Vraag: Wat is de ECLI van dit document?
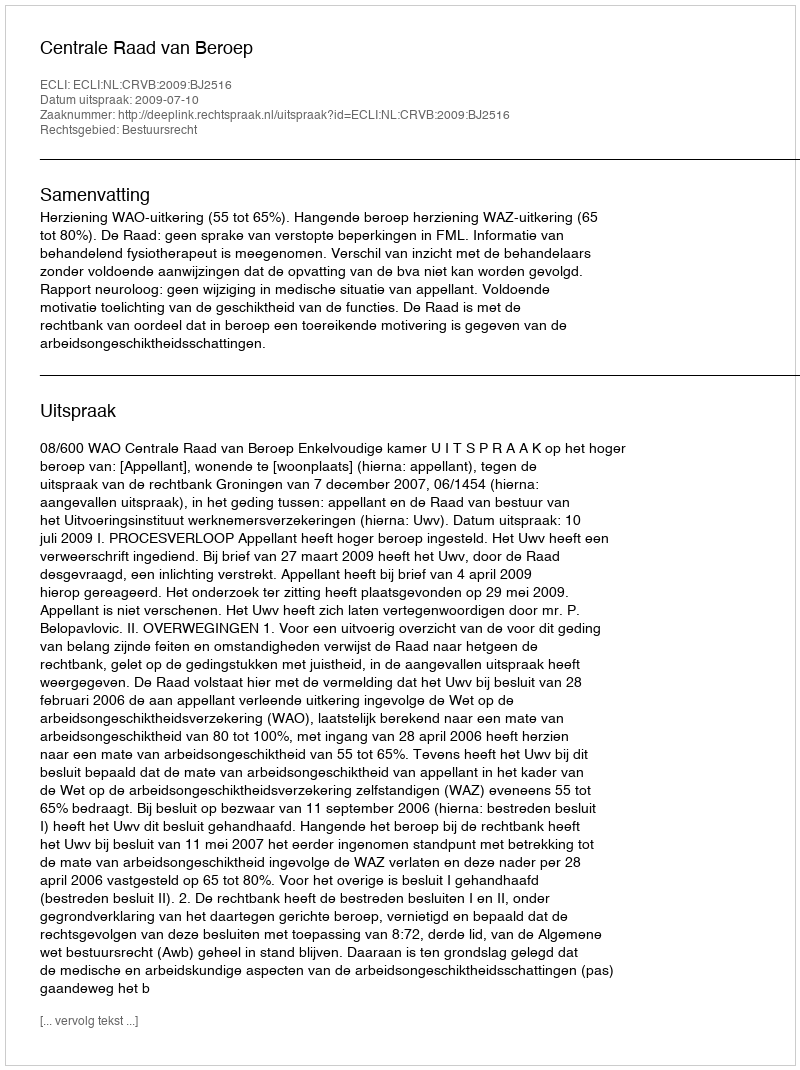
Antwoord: ECLI:NL:CRVB:2009:BJ2516